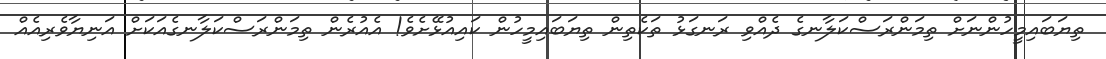
ތިޔަބައިމީހުންނަށް ތިމަންރަސްކަލާނގެ ދެއްވި ރަނގަޅު ތަކެތިން ތިޔަބައިމީހުން ކައިއުޅޭށެވެ! އެއުރެން ތިމަންރަސްކަލާނގެއަކަށް އަނިޔާވެރިއެއް